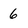
Character: 6